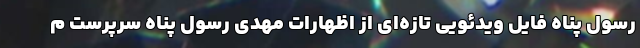
رسول پناه فایل ویدئویی تازه‌ای از اظهارات مهدی رسول پناه سرپرست م